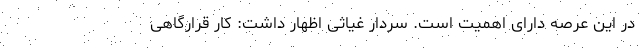
در این عرصه دارای اهمیت است. سردار غیاثی اظهار داشت: کار قرارگاهی